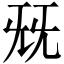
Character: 兓